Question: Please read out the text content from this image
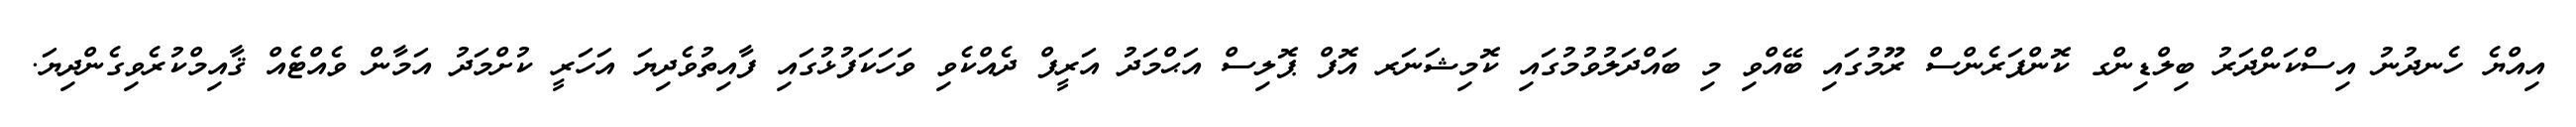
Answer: އިއްޔެ ހެނދުނު އިސްކަންދަރު ބިލްޑިންގ ކޮންފަރެންސް ރޫމުގައި ބޭއްވި މި ބައްދަލުވުމުގައި ކޮމިޝަނަރ އޮފް ޕޮލިސް އަޙްމަދު އަރީފް ދެއްކެވި ވަހަކަފުޅުގައި ފާއިތުވެދިޔަ އަހަރީ ކުށްމަދު އަމާން ވެއްޓެއް ޤާއިމްކުރެވިގެންދިޔަ.